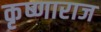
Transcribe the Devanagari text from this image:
कृष्णाराज